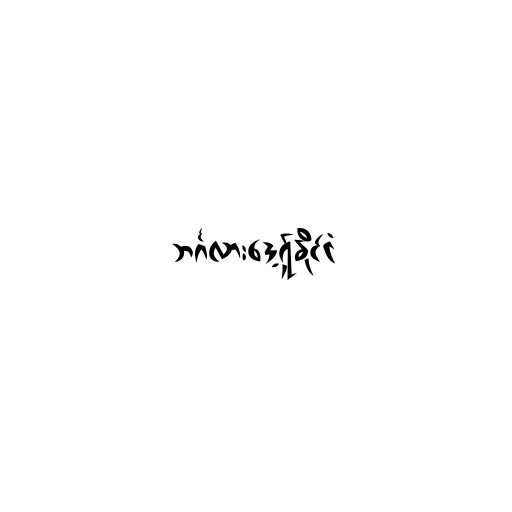
ဘင်္ဂလားဒေ့ရှ်နိုင်ငံ